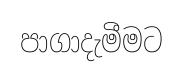
පාගාදැමීමට